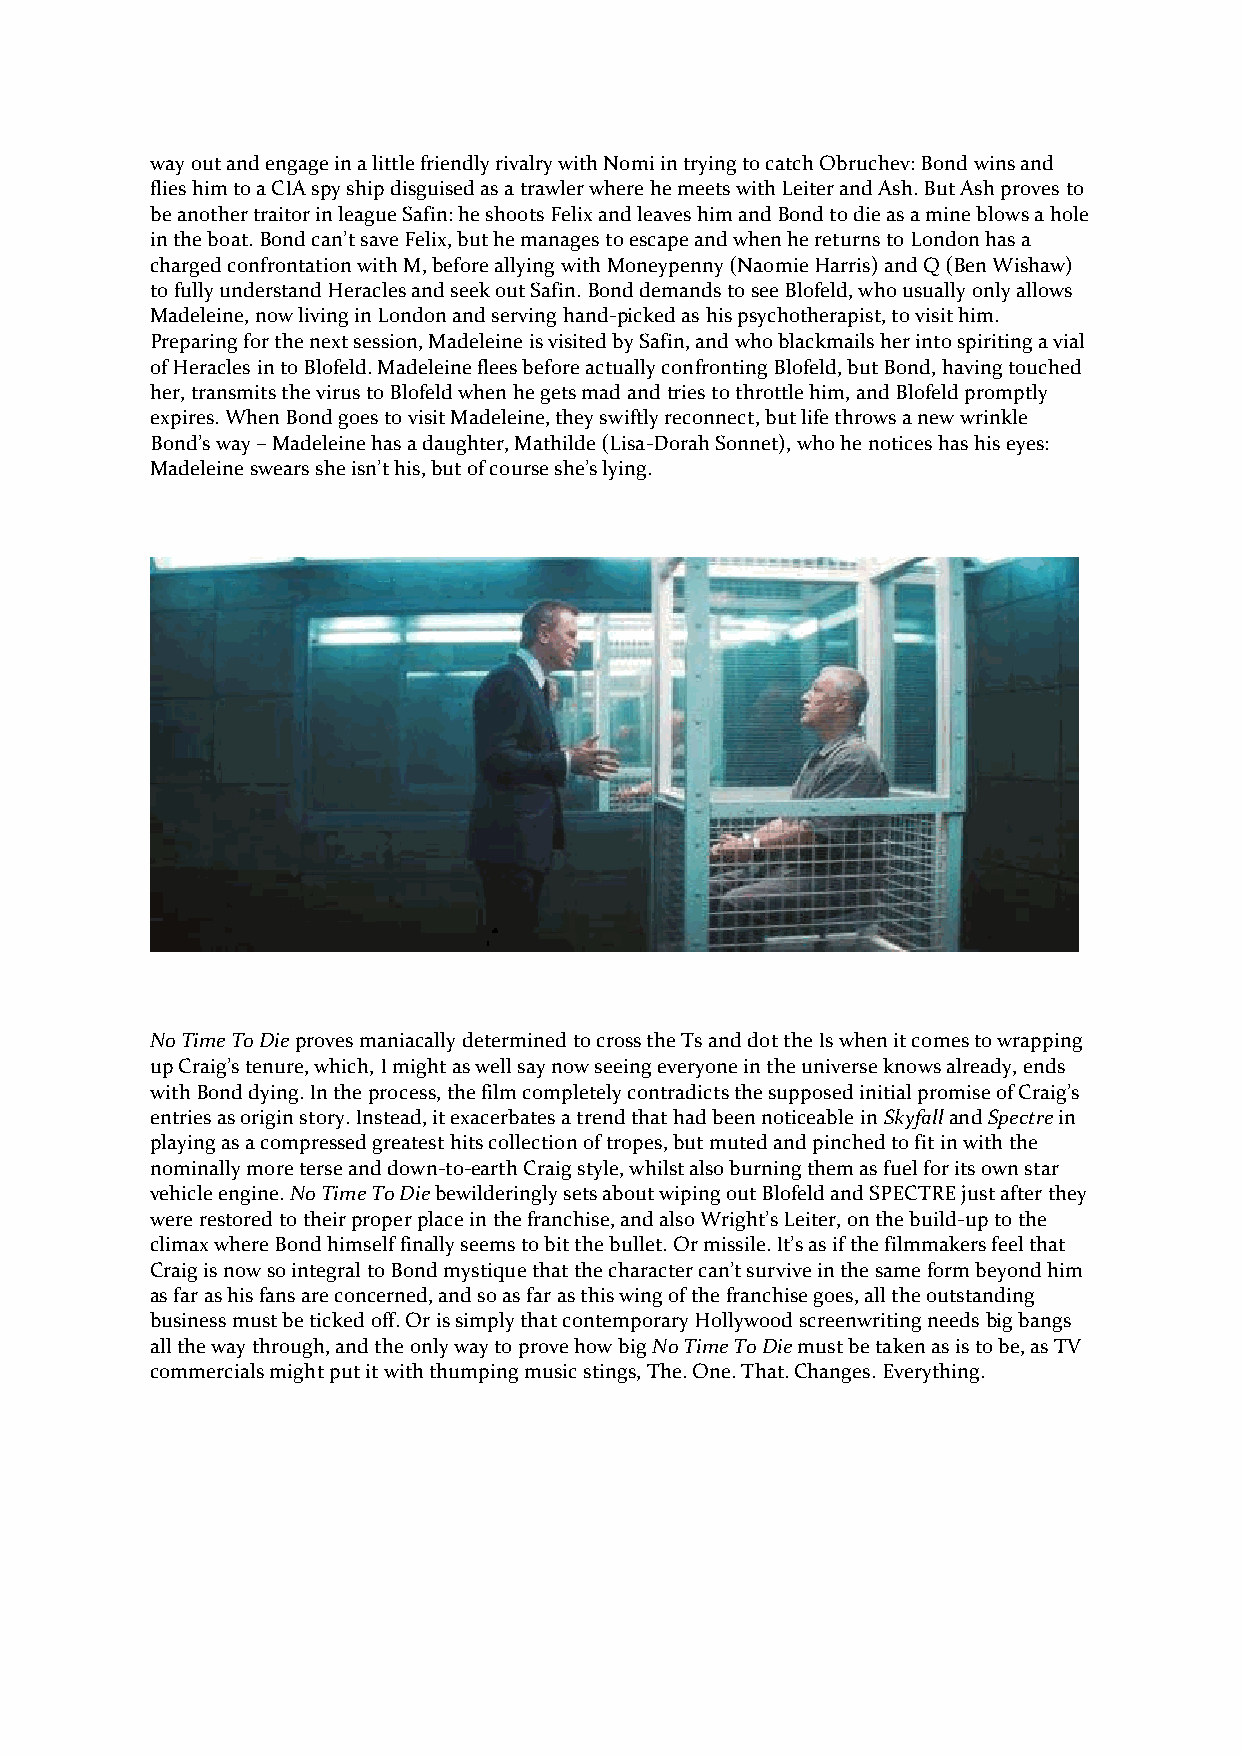
way out and engage in a little friendly rivalry with Nomi in trying to catch Obruchev: Bond wins and
 flies him to a CIA spy ship disguised as a trawler where he meets with Leiter and Ash. But Ash proves to
 be another traitor in league Safin: he shoots Felix and leaves him and Bond to die as a mine blows a hole
 in the boat. Bond can’t save Felix, but he manages to escape and when he returns to London has a
 charged confrontation with M, before allying with Moneypenny (Naomie Harris) and Q (Ben Wishaw)
 to fully understand Heracles and seek out Safin. Bond demands to see Blofeld, who usually only allows
 Madeleine, now living in London and serving hand-picked as his psychotherapist, to visit him.
 Preparing for the next session, Madeleine is visited by Safin, and who blackmails her into spiriting a vial
 of Heracles in to Blofeld. Madeleine flees before actually confronting Blofeld, but Bond, having touched
 her, transmits the virus to Blofeld when he gets mad and tries to throttle him, and Blofeld promptly
 expires. When Bond goes to visit Madeleine, they swiftly reconnect, but life throws a new wrinkle
 Bond’s way – Madeleine has a daughter, Mathilde (Lisa-Dorah Sonnet), who he notices has his eyes:
 Madeleine swears she isn’t his, but of course she’s lying.
 No Time To Die proves maniacally determined to cross the Ts and dot the Is when it comes to wrapping
 up Craig’s tenure, which, I might as well say now seeing everyone in the universe knows already, ends
 with Bond dying. In the process, the film completely contradicts the supposed initial promise of Craig’s
 entries as origin story. Instead, it exacerbates a trend that had been noticeable in Skyfall and Spectre in
 playing as a compressed greatest hits collection of tropes, but muted and pinched to fit in with the
 nominally more terse and down-to-earth Craig style, whilst also burning them as fuel for its own star
 vehicle engine. No Time To Die bewilderingly sets about wiping out Blofeld and SPECTRE just after they
 were restored to their proper place in the franchise, and also Wright’s Leiter, on the build-up to the
 climax where Bond himself finally seems to bit the bullet. Or missile. It’s as if the filmmakers feel that
 Craig is now so integral to Bond mystique that the character can’t survive in the same form beyond him
 as far as his fans are concerned, and so as far as this wing of the franchise goes, all the outstanding
 business must be ticked off. Or is simply that contemporary Hollywood screenwriting needs big bangs
 all the way through, and the only way to prove how big No Time To Die must be taken as is to be, as TV
 commercials might put it with thumping music stings, The. One. That. Changes. Everything.